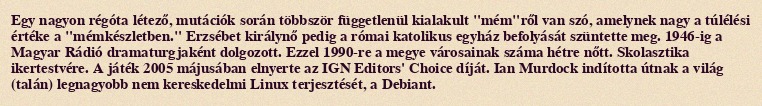
Egy nagyon régóta létező, mutációk során többször függetlenül kialakult "mém"ről van szó, amelynek nagy a túlélési értéke a "mémkészletben." Erzsébet királynő pedig a római katolikus egyház befolyását szüntette meg. 1946-ig a Magyar Rádió dramaturgjaként dolgozott. Ezzel 1990-re a megye városainak száma hétre nőtt. Skolasztika ikertestvére. A játék 2005 májusában elnyerte az IGN Editors' Choice díját. Ian Murdock indította útnak a világ (talán) legnagyobb nem kereskedelmi Linux terjesztését, a Debiant.